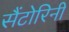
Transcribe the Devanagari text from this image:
सैंटोरिनी